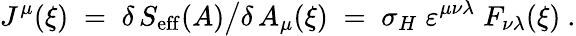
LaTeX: J^{\mu}(\xi)\; =\; \delta\, S_{\mathrm{eff}}(A)\big/\delta\, A_{\mu}(\xi)\; =\; \sigma_{H}\; \varepsilon^{\mu\nu\lambda}\; F_{\nu\lambda}(\xi)~.